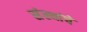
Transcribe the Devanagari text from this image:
संंस्थांचे